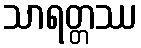
သာရတ္တဿ